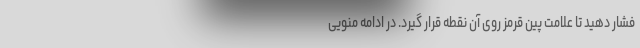
فشار دهید تا علامت پین قرمز روی آن نقطه قرار گیرد. در ادامه منویی